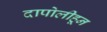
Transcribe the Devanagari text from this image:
दापोलीहून